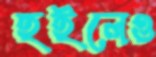
হইলেও